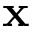
\mathbf { x }